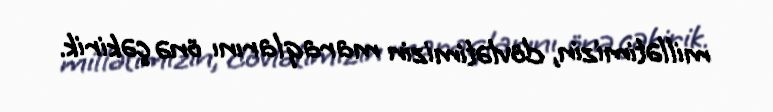
millətimizin, dövlətimizin maraqlarını önə çəkirik.